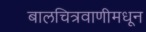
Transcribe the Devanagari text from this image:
बालचित्रवाणीमधून